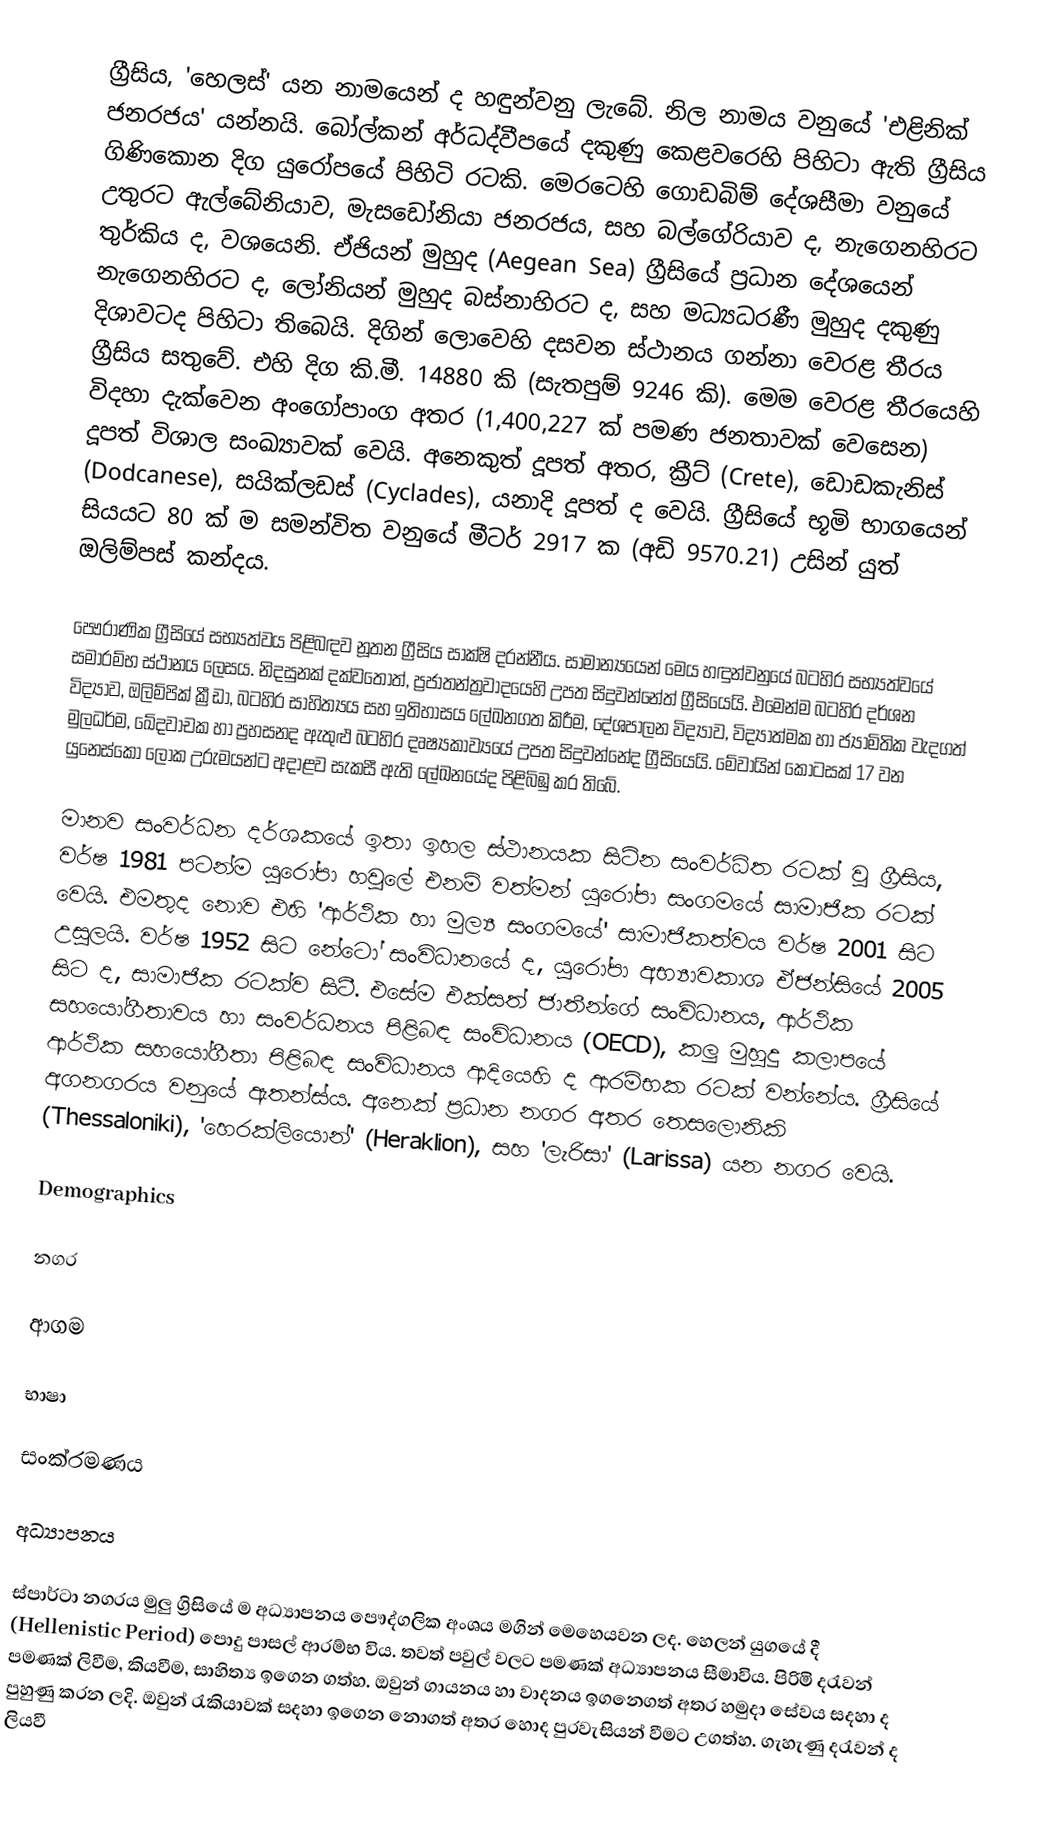
ග්‍රීසිය, 'හෙලස්' යන නාමයෙන් ද හඳුන්වනු ලැ‍බේ. නිල නාමය වනුයේ 'එළිනික් ජනරජය' යන්නයි. බෝල්කන් අර්ධද්වීපයේ දකුණු කෙළවරෙහි පිහිටා ඇති ග්‍රීසිය ගිණිකොන දිග යුරෝපයේ පිහිටි රටකි. මෙරටෙහි ගොඩබිම් දේශසීමා වනුයේ උතුරට ඇල්බේනියාව, මැසඩෝනියා ජනරජය, සහ බල්ගේරියාව ද, නැගෙනහිරට තුර්කිය ද, වශයෙනි. ඒජියන් මුහුද (Aegean Sea) ග්‍රීසියේ ප්‍රධාන දේශයෙන් නැගෙනහිරට ද, ලෝනියන් මුහුද බස්නාහිරට ද, සහ මධ්‍යධරණී මුහුද දකුණු දිශාවටද පිහිටා තිබෙයි. දිගින් ලොවෙහි දසවන ස්ථානය ගන්නා වෙරළ තීරය ග්‍රීසිය සතුවේ. එහි දිග කි.මී. 14880 කි (සැතපුම් 9246 කි). මෙම වෙරළ තීරයෙහි විදහා දැක්වෙන අංගෝපාංග අතර (1,400,227 ක් පමණ ජනතාවක් වෙසෙන) දූපත් විශාල සංඛ්‍යාවක් වෙයි. අනෙකුත් දූපත් අතර, ක්‍රීට් (Crete), ඩොඩකැනිස් (Dodcanese), සයික්ලඩස් (Cyclades), යනාදි දූපත් ද වෙයි. ග්‍රීසියේ භූමි භාගයෙන් සියයට 80 ක් ම සමන්විත වනුයේ මීටර් 2917 ක (අඩි 9570.21) උසින් යුත් ඔලිම්පස් කන්දය.

පෞරාණික ග්‍රීසියේ සභ්‍යත්වය පිළිබඳව නූතන ග්‍රීසිය සාක්ෂි දරන්නීය. සාමාන්‍යයෙන් මෙය හඳුන්වනුයේ බටහිර සභ්‍යත්වයේ සමාරම්භ ස්ථානය ලෙසය. නිදසුනක් දක්ව‍තොත්, ප්‍රජාතන්ත්‍රවාදයෙහි උපත සිදුවන්නේත් ග්‍රීසියෙයි. එමෙන්ම බටහිර දර්ශන විද්‍යාව, ඔලිම්පික් ක්‍රීඩා, බටහිර සාහිත්‍යය සහ ඉතිහාසය ලේඛනගත කිරීම, දේශපාලන විද්‍යාව, විද්‍යාත්මක හා ජ්‍යාමිතික වැදගත් මුලධර්ම, ඛේදවාචක හා ප්‍රහසනද ඇතුළු බටහිර දෘෂ්‍යකාව්‍යයේ උපත සිදුවන්නේද ග්‍රීසියෙයි. මේවායින් කොටසක් 17 වන යුනෙස්කෝ ලෝක උරුමයන්ට අදාළව සැකසී ඇති ලේඛනයේද පිළිබිඹු කර තිබේ.

මානව සංවර්ධන දර්ශකයේ ඉතා ඉහල ස්ථානයක සිටින සංවර්ධිත රටක් වූ ග්‍රීසිය, වර්ෂ 1981 පටන්ම යුරෝපා හවුලේ එනම් වත්මන් යුරෝපා සංගමයේ සාමාජික රටක් වෙයි. එමතුද නොව එහි 'ආර්ථික හා මුල්‍ය සංගමයේ' සාමාජිකත්වය වර්ෂ 2001 සිට උසුලයි. වර්ෂ 1952 සිට නේටෝ සංවිධානයේ ද, යුරෝපා අභ්‍යාවකාශ ඒජන්සියේ 2005 සිට ද, සාමාජික රටක්ව සිටී. එසේම එක්සත් ජාතීන්ගේ සංවිධානය, ආර්ථික සහයෝගීතාවය හා සංවර්ධනය පිළිබඳ සංවිධානය (OECD), කලු මුහුදු කලාපයේ ආර්ථික සහයෝගීතා පිළිබඳ සංවිධානය ආදියෙහි ද ආරම්භක රටක් වන්නේය. ග්‍රීසියේ අගනගරය වනුයේ ඇතන්ස්ය. අනෙක් ප්‍රධාන නගර අතර තෙසලොනිකි (Thessaloniki), 'හෙරක්ලියොන්' (Heraklion), සහ 'ලැරිසා' (Larissa) යන නගර වෙයි.

Demographics

නගර

ආගම

භාෂා

සංක්රමණය

අධ්‍යාපනය

ස්පාර්ටා නගරය මුලු ග්‍රිසියේ ම අධ්‍යාපනය පෞද්ගලික අංශය මගින් මෙහෙයවන ලද. හෙලන් යුගයේ දී (Hellenistic Period) පොදු පාසල් ආරම්භ විය. තවත් පවුල් වලට පමණක් අධ්‍යාපනය සීමාවිය. පිරිමි දරැවන් පමණක් ලිවීම, කියවීම, සාහිත්‍ය ඉගෙන ගත්හ.  ඔවුන් ගායනය හා වාදනය ඉගනෙගත් අතර හමුදා සේවය සදහා ද පුහුණු කරන ලදි. ඔවුන්  රැකියාවක් සදහා ඉගෙන නොගත් අතර හොද පුරවැසියන් වීමට උගත්හ. ගැහැණු දරැවන් ද ලියවී